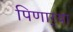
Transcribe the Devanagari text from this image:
पिणार्‍या